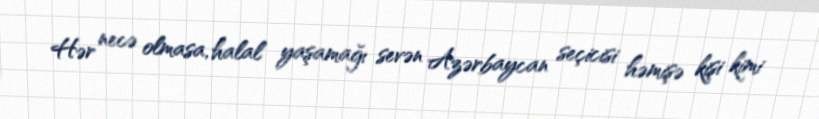
Hər necə olmasa, halal yaşamağı sevən Azərbaycan seçicisi həmişə kişi kimi